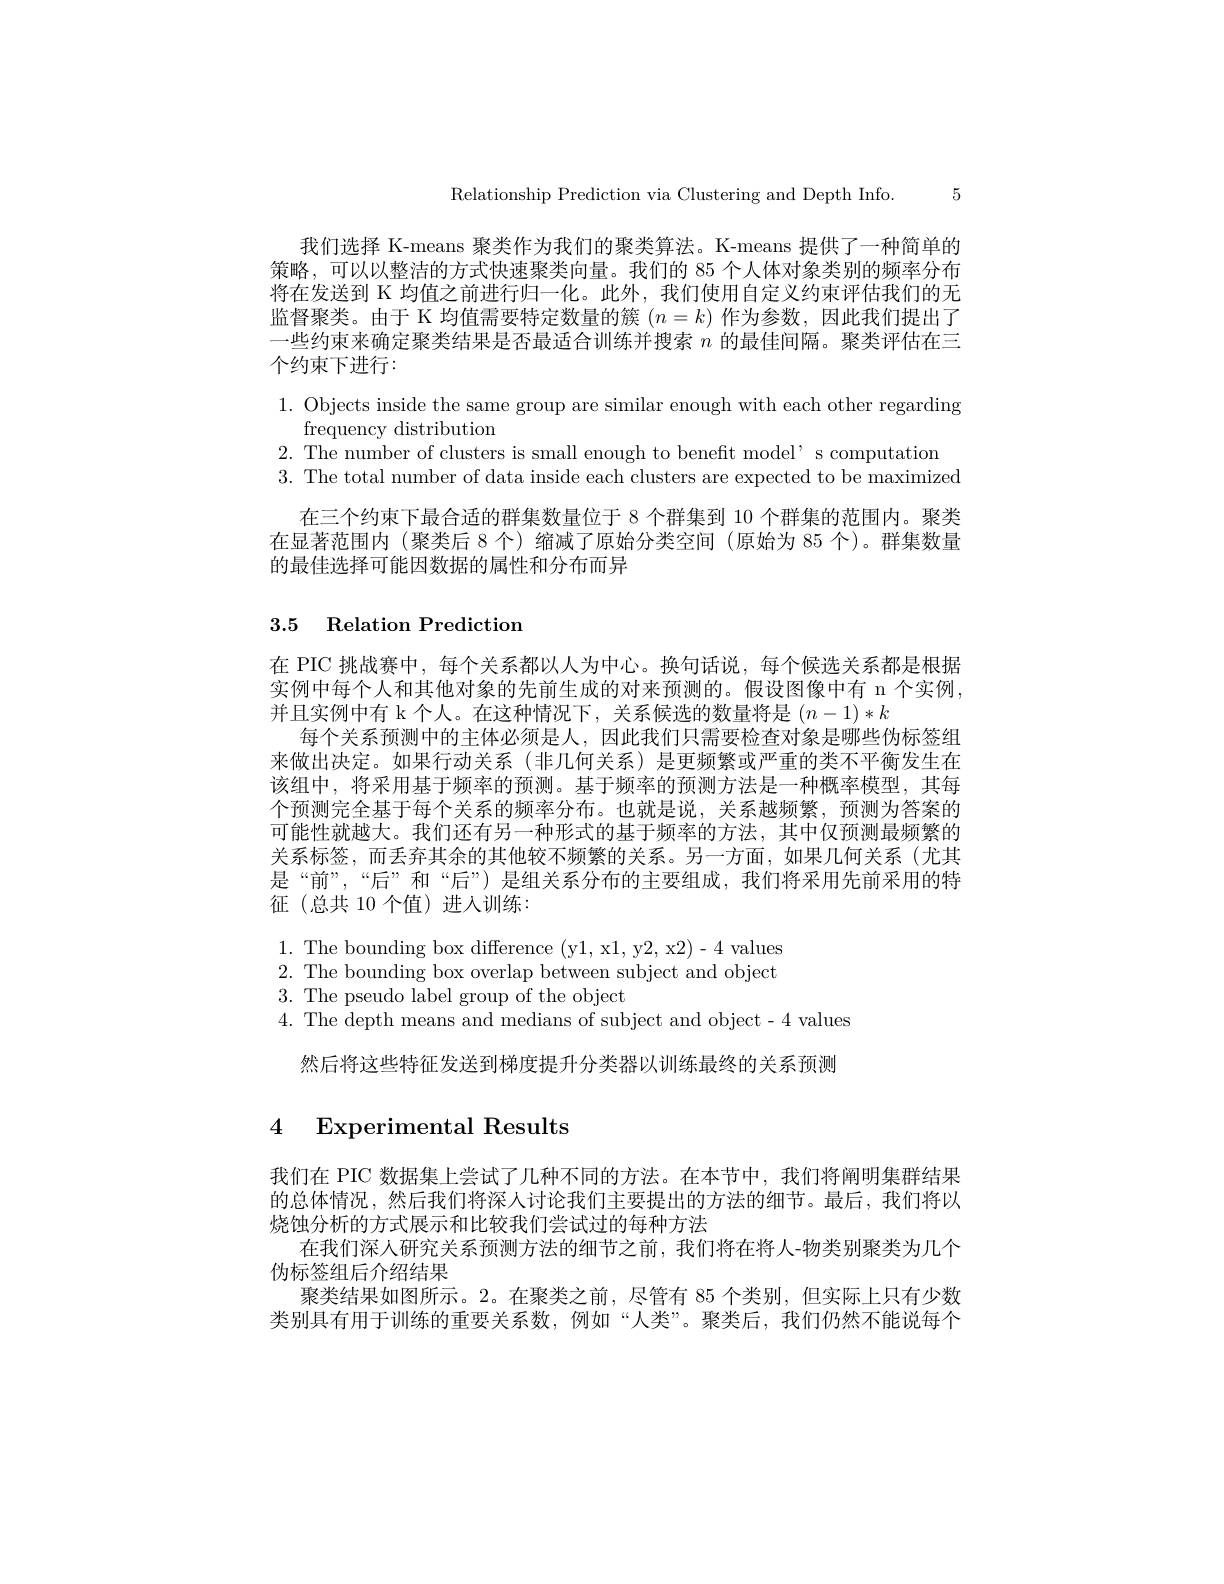
Relationship Prediction via Clustering and Depth Info. 5

我们选择 K-means 聚类作为我们的聚类算法。K-means 提供了一种简单的策略，可以以整洁的方式快速聚类向量。我们的 85 个人体对象类别的频率分布将在发送到 K 均值之前进行归一化。此外，我们使用自定义约束评估我们的无监督聚类。由于 K 均值需要特定数量的簇$(n=k)$作为参数，因此我们提出了一些约束来确定聚类结果是否最适合训练并搜索$n$的最佳间隔。聚类评估在三个约束下进行：

1. Objects inside the same group are similar enough with each other regarding
frequency distribution
2. The number of clusters is small enough to benefit model' s computation
3. The total number of data inside each clusters are expected to be maximized
在三个约束下最合适的群集数量位于 8 个群集到 10 个群集的范围内。聚类在显著范围内(聚类后 8 个) 缩减了原始分类空间(原始为 85 个)。群集数量的最佳选择可能因数据的属性和分布而异

## 3.5 Relation Prediction

在 PIC 挑战赛中，每个关系都以人为中心。换句话说，每个候选关系都是根据实例中每个人和其他对象的先前生成的对来预测的。假设图像中有 n 个实例， 并且实例中有 k 个人。在这种情况下，关系候选的数量将是$(n-1)*k$
每个关系预测中的主体必须是人，因此我们只需要检查对象是哪些伪标签组来做出决定。如果行动关系(非几何关系)是更频繁或严重的类不平衡发生在该组中，将采用基于频率的预测。基于频率的预测方法是一种概率模型，其每个预测完全基于每个关系的频率分布。也就是说，关系越频繁，预测为答案的可能性就越大。我们还有另一种形式的基于频率的方法，其中仅预测最频繁的关系标签，而丢弃其余的其他较不频繁的关系。另一方面，如果几何关系(尤其是“前”,“后”和“后”)是组关系分布的主要组成，我们将采用先前采用的特征(总共 10 个值)进入训练：
$1.{\mathrm{~The~bounding~box~difference~(y1,~x1,~y2,~x2)-4~values}}$ 2. The bounding box overlap between subject and object 3. The pseudo label group of the object
$4.{\mathrm{~The~depth~means~and~medians~of~subject~and~object-4~values}}$
然后将这些特征发送到梯度提升分类器以训练最终的关系预测

# 4 Experimental Results

我们在 PIC 数据集上尝试了几种不同的方法。在本节中，我们将阐明集群结果的总体情况，然后我们将深人讨论我们主要提出的方法的细节。最后，我们将以烧蚀分析的方式展示和比较我们尝试过的每种方法
在我们深人研究关系预测方法的细节之前，我们将在将人-物类别聚类为几个
伪标签组后介绍结果
聚类结果如图所示。2。在聚类之前，尽管有 85 个类别，但实际上只有少数类别具有用于训练的重要关系数，例如“人类”。聚类后，我们仍然不能说每个